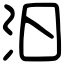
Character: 汨